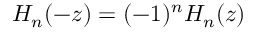
H _ { n } ( - z ) = ( - 1 ) ^ { n } H _ { n } ( z )